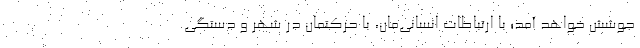
جوشش خواهد آمد؛ با ارتباطات انسانی‌مان، با حرکتمان در شهر و دستگی